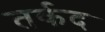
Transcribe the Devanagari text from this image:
तर्कद